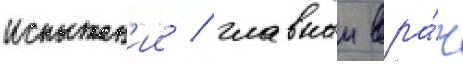
испытан'ии / главныи вра́ч